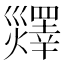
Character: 𤑹